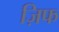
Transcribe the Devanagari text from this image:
ज़िफ